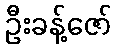
ဦးခန့်ဇော်